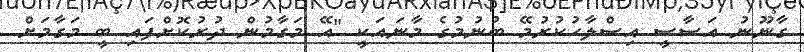
ގާނޫނު އަސާސީ އިސްލާހުކުރުމޭ ބުނުމުގެ މާނައަކީ "އޭ މަގާމުން ދުރުކޮށްފައި ބީ މަގާމަށް